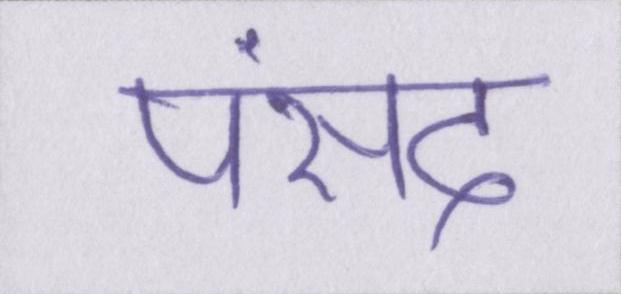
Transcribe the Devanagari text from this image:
पंसद